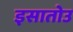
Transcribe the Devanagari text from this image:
इसातोउ